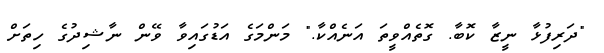
"ދަރިފުޅާ ނީޒާ ކޮބާ. ގޮތެއްވީތަ އަނެއްކާ." މަންމަގެ އަޑުގައިވާ ވޭން ނާޝިދުގެ ހިތަށް